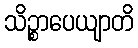
သိဉ္စာပေယျာတိ